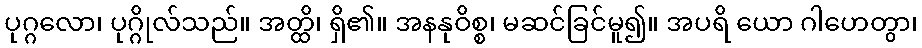
ပုဂ္ဂလော၊ ပုဂ္ဂိုလ်သည်။ အတ္ထိ၊ ရှိ၏။ အနနုဝိစ္စ၊ မဆင်ခြင်မူ၍။ အပရိ ယော ဂါဟေတွာ၊